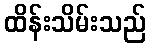
ထိန်းသိမ်းသည်